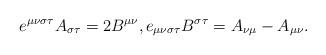
LaTeX: \begin{align*}e^{\mu\nu\sigma\tau}A_{\sigma\tau}=2B^{\mu\nu},e_{\mu\nu\sigma\tau}B^{\sigma\tau}=A_{\nu\mu}-A_{\mu\nu}. \end{align*}